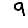
Digit: 9